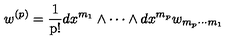
w ^ { ( p ) } = \mathrm { { \frac { 1 } { p ! } } } d x ^ { m _ { 1 } } \wedge \cdots \wedge d x ^ { m _ { p } } w _ { m _ { p } \cdots m _ { 1 } }